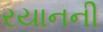
રયાનની